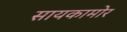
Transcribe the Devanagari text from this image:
सायकामोर